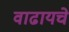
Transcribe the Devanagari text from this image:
वाढायचे